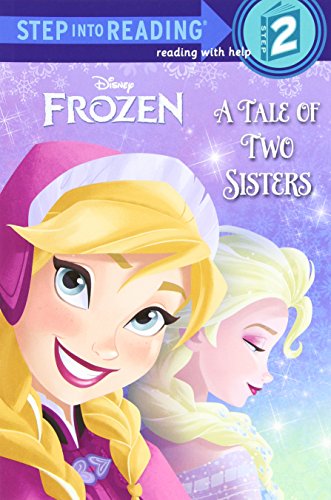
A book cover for A Tale of Two Sisters (Disney Frozen) (Step into Reading); Melissa Lagonegro; Children's Books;